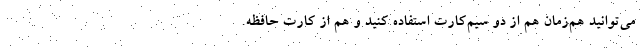
می‌توانید هم‌زمان هم از دو سیم‌کارت استفاده کنید و هم از کارت حافظه.